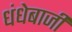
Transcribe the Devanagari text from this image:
धंधेबाजी